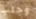
وجلب